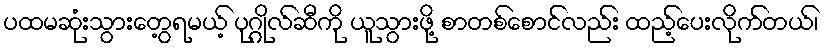
ပထမဆုံးသွားတွေ့ရမယ့် ပုဂ္ဂိုလ်ဆီကို ယူသွားဖို့ စာတစ်စောင်လည်း ထည့်ပေးလိုက်တယ်၊